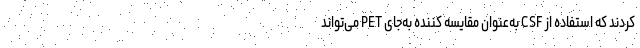
کردند که استفاده از CSF به‌عنوان مقایسه کننده به‌جای PET می‌تواند